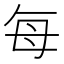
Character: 每